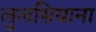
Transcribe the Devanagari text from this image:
लुलसियाना